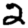
Digit: 2